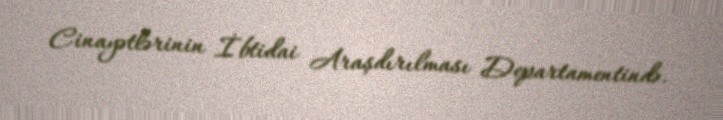
Cinayətlərinin İbtidai Araşdırılması Departamentində.